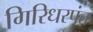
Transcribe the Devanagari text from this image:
गिरिधरपंत